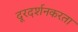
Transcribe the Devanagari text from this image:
दूरदर्शनकरता